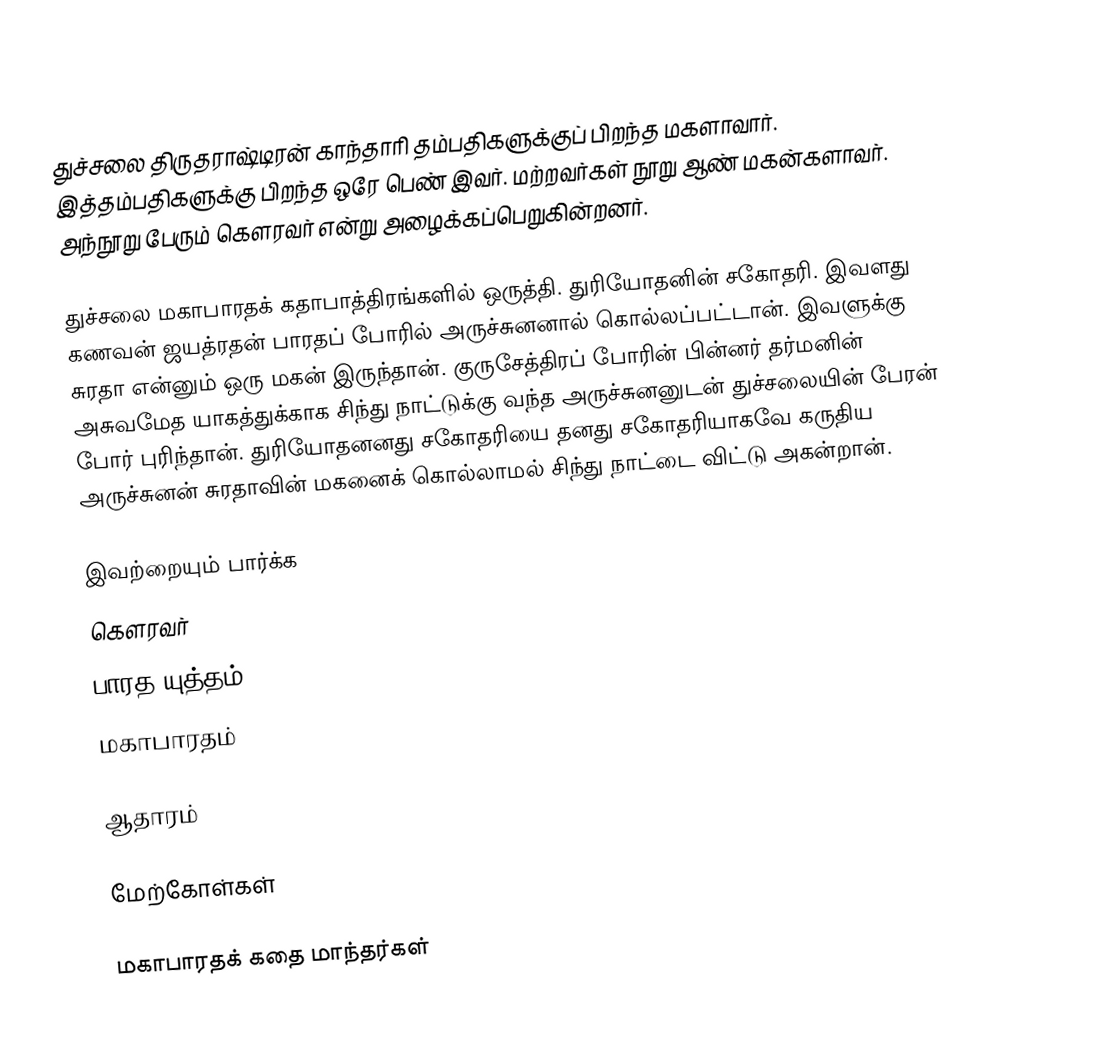
துச்சலை திருதராஷ்டிரன் காந்தாரி தம்பதிகளுக்குப் பிறந்த மகளாவார். இத்தம்பதிகளுக்கு பிறந்த ஒரே பெண் இவர். மற்றவர்கள் நூறு ஆண் மகன்களாவர். அந்நூறு பேரும் கௌரவர் என்று அழைக்கப்பெறுகின்றனர்.

துச்சலை மகாபாரதக் கதாபாத்திரங்களில் ஒருத்தி. துரியோதனின் சகோதரி. இவளது கணவன் ஜயத்ரதன் பாரதப் போரில் அருச்சுனனால் கொல்லப்பட்டான். இவளுக்கு சுரதா என்னும் ஒரு மகன் இருந்தான். குருசேத்திரப் போரின் பின்னர் தர்மனின் அசுவமேத யாகத்துக்காக சிந்து நாட்டுக்கு வந்த அருச்சுனனுடன் துச்சலையின் பேரன் போர் புரிந்தான். துரியோதனனது சகோதரியை தனது சகோதரியாகவே கருதிய அருச்சுனன் சுரதாவின் மகனைக் கொல்லாமல் சிந்து நாட்டை விட்டு அகன்றான்.

இவற்றையும் பார்க்க
 கௌரவர்
 பாரத யுத்தம்
 மகாபாரதம்

ஆதாரம்

மேற்கோள்கள்

மகாபாரதக் கதை மாந்தர்கள்